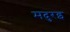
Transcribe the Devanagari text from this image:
मदुरइ